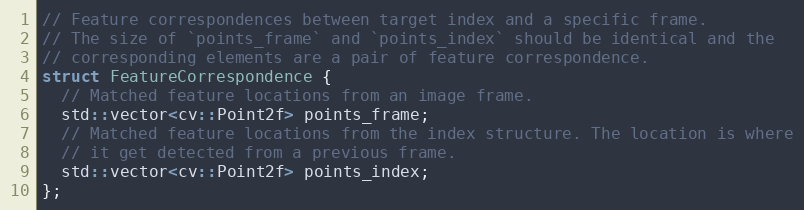
Language: C
// Feature correspondences between target index and a specific frame.
// The size of `points_frame` and `points_index` should be identical and the
// corresponding elements are a pair of feature correspondence.
struct FeatureCorrespondence {
  // Matched feature locations from an image frame.
  std::vector<cv::Point2f> points_frame;
  // Matched feature locations from the index structure. The location is where
  // it get detected from a previous frame.
  std::vector<cv::Point2f> points_index;
};